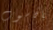
بالحاسوب